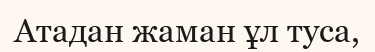
Атадан жаман ұл туса,